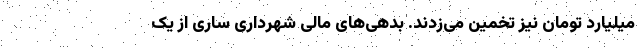
میلیارد تومان نیز تخمین می‌زدند. بدهی‌های مالی شهرداری ساری از یک